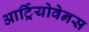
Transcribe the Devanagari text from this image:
आर्ट्रियोवेनस